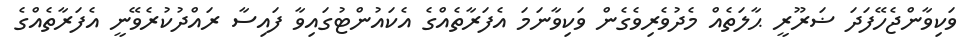
ވަކިވާންޖެހޭފަދަ ޟަރޫރީ ޙާލަތެއް މެދުވެރިވެގެން ވަކިވާނަމަ އެފަރާތެއްގެ އެކައުންޓުގައިވާ ފައިސާ ރައްދުކުރެވޭނީ އެފަރާތެއްގެ